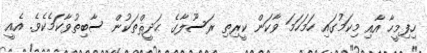
ހިފިމީހާ އާއި މިކަމުގައި ހަމަހަމަ ވާކަން ކީރިތި ރަސޫލާގެ ޙަދީޘްތަކުން ސާބިތުވާކަމެކެވެ. އެއީ